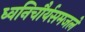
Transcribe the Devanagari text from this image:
ध्वनिचौर्यसमजले